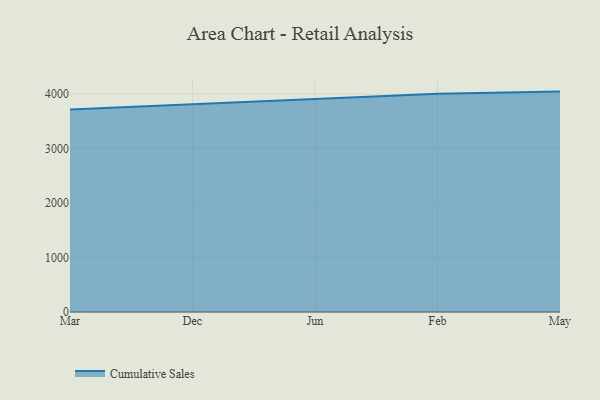
{"axis": {"x": "Month", "y": "Bounce Rate (%)"}, "legend": ["Cumulative Sales"], "data": [{"x": "Mar", "y": 3720.2, "type": "Cumulative Sales"}, {"x": "Dec", "y": 3815.6, "type": "Cumulative Sales"}, {"x": "Jun", "y": 3922.9, "type": "Cumulative Sales"}, {"x": "Feb", "y": 4006.5, "type": "Cumulative Sales"}, {"x": "May", "y": 4046.6, "type": "Cumulative Sales"}]}